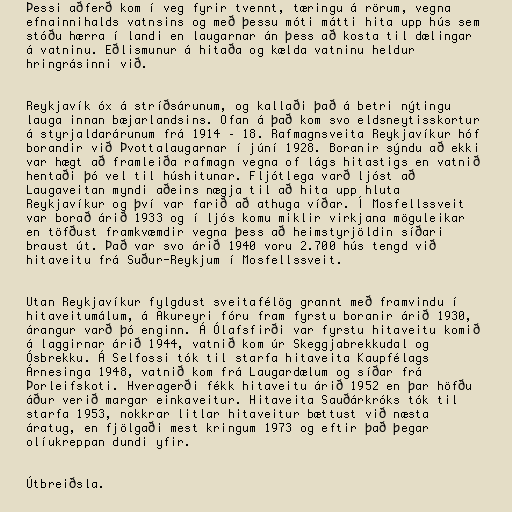
Þessi aðferð kom í veg fyrir tvennt, tæringu á rörum, vegna
efnainnihalds vatnsins og með þessu móti mátti hita upp hús sem
stóðu hærra í landi en laugarnar án þess að kosta til dælingar
á vatninu. Eðlismunur á hitaða og kælda vatninu heldur
hringrásinni við.

Reykjavík óx á stríðsárunum, og kallaði það á betri nýtingu
lauga innan bæjarlandsins. Ofan á það kom svo eldsneytisskortur
á styrjaldarárunum frá 1914 – 18. Rafmagnsveita Reykjavíkur hóf
borandir við Þvottalaugarnar í júní 1928. Boranir sýndu að ekki
var hægt að framleiða rafmagn vegna of lágs hitastigs en vatnið
hentaði þó vel til húshitunar. Fljótlega varð ljóst að
Laugaveitan myndi aðeins nægja til að hita upp hluta
Reykjavíkur og því var farið að athuga víðar. Í Mosfellssveit
var borað árið 1933 og í ljós komu miklir virkjana möguleikar
en töfðust framkvæmdir vegna þess að heimstyrjöldin síðari
braust út. Það var svo árið 1940 voru 2.700 hús tengd við
hitaveitu frá Suður-Reykjum í Mosfellssveit.

Utan Reykjavíkur fylgdust sveitafélög grannt með framvindu í
hitaveitumálum, á Akureyri fóru fram fyrstu boranir árið 1930,
árangur varð þó enginn. Á Ólafsfirði var fyrstu hitaveitu komið
á laggirnar árið 1944, vatnið kom úr Skeggjabrekkudal og
Ósbrekku. Á Selfossi tók til starfa hitaveita Kaupfélags
Árnesinga 1948, vatnið kom frá Laugardælum og síðar frá
Þorleifskoti. Hveragerði fékk hitaveitu árið 1952 en þar höfðu
áður verið margar einkaveitur. Hitaveita Sauðárkróks tók til
starfa 1953, nokkrar litlar hitaveitur bættust við næsta
áratug, en fjölgaði mest kringum 1973 og eftir það þegar
olíukreppan dundi yfir.

Útbreiðsla.